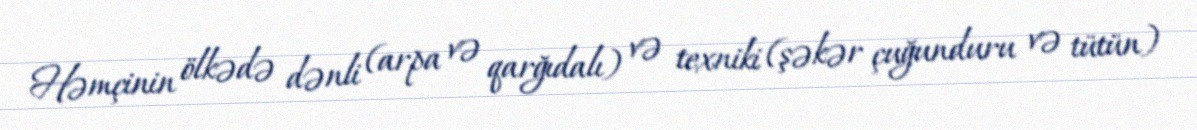
Həmçinin ölkədə dənli (arpa və qarğıdalı) və texniki (şəkər çuğunduru və tütün)